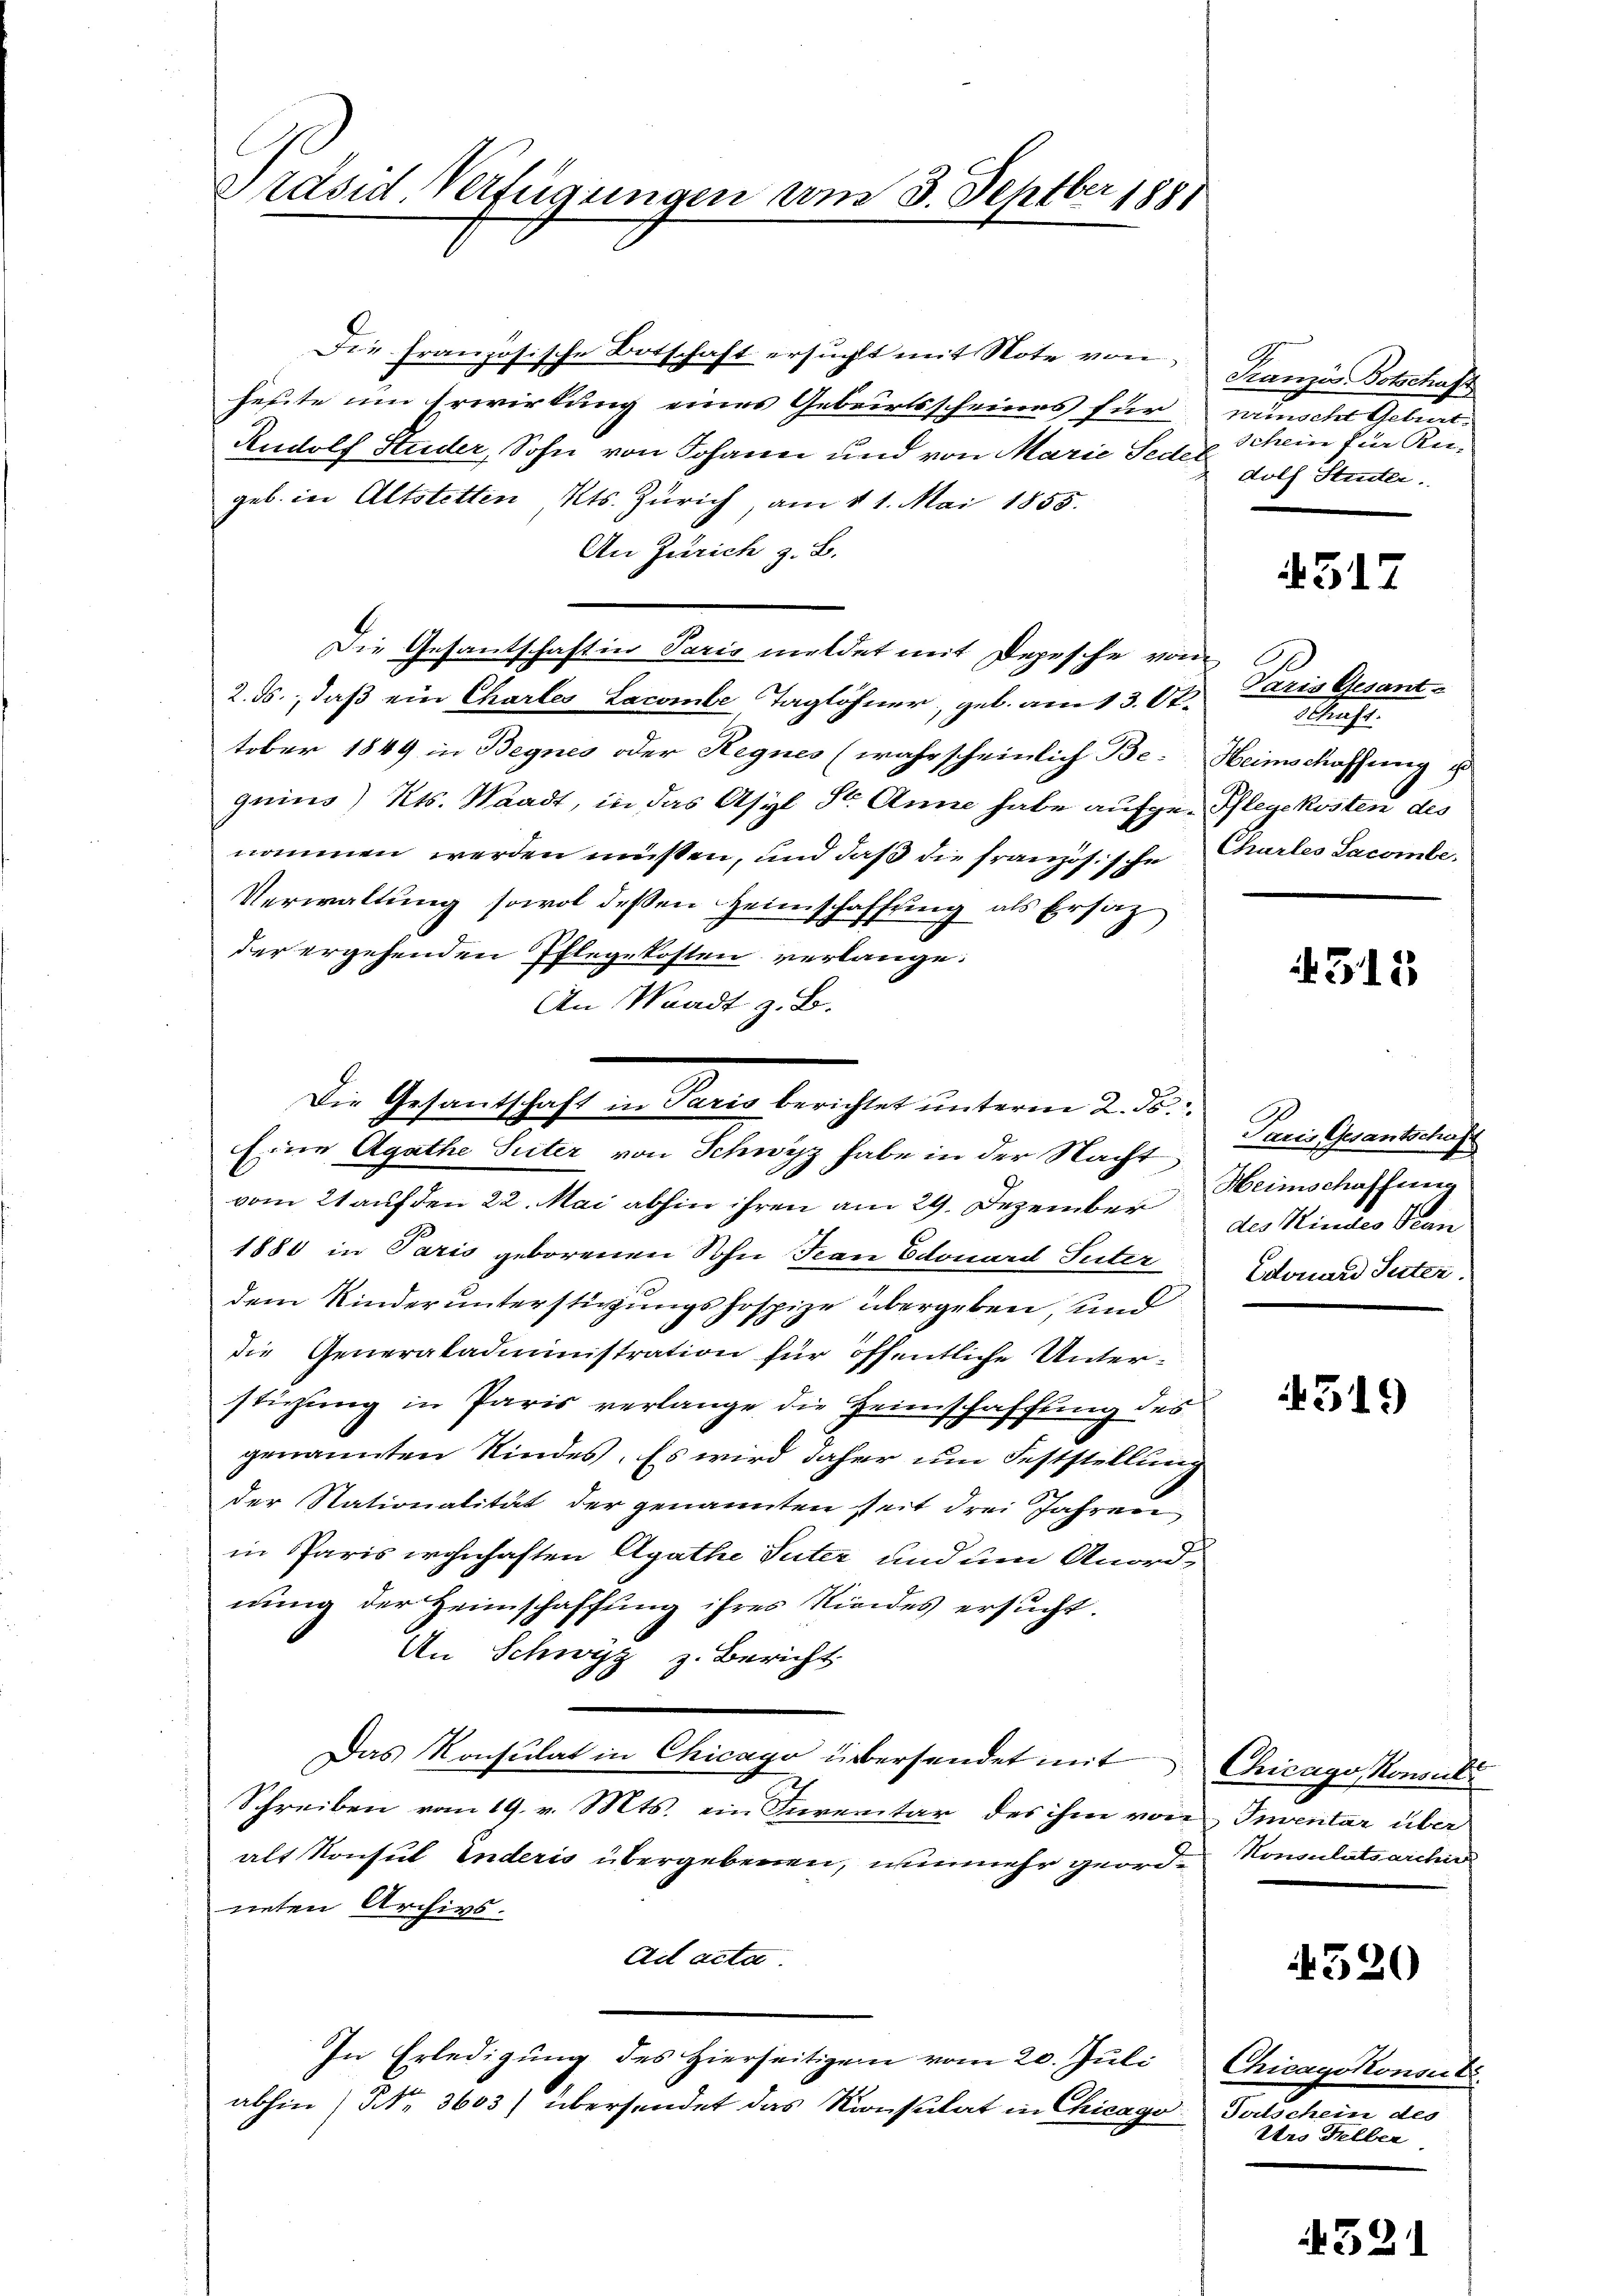
Präsid-Verfügungen am 3. Septber 1881

Die französische Botschaft ersucht mit Note von Franzis Botschaft
heute um Erwirkung eines Gebeirtsscheines für wünscher Geburt
Rudolf Studer, Sohn von Johann und von Marie Seder
geb. in Altstetten Kts. Zürich, am 11. Mai 1855.
An Zürich z. B.
Die Gesantschaft in Paris meldet mit Depesche von
2. ds., daß ein Chartes Lacombe Taglöhner, geb. am 13. Oktober 1849 in Begnes oder Hegnes (wahrscheinlich Be-Heimschaffung u
guins) Kts. Waadt, in das Asyl Str. Anna habe aufge-Pflegekosten des
nommen werden müßten, und daß die französische Chartes Lacombe
Verwaltung sowol dessen Heimschaffung als Ersatz
der ergehenden Pflegekosten verlange.
An Waadt z. B.
vom 21 auf den 22. Mai abhin ihren am 29. Dezember des Kindes Plan
1880 in Paris geborenen Sohn Frau Edouard Suter
dem Kinderunterstigungshospize übergeben, und
die Generakademistration für öffentliche Unterstigung in Paris verlange die Heimschaffung des
genannten Kindes. Es wird daher um Feststellung
der Stationalität der genannten seit drei Jahren
in Paris wohnhaften Agathe Suter und um Anordnung der Heimschaffung ihres Niedes ersucht.
An Schwyz z. Bericht
Das Konsulat in Chicago übersendet mit Chicago Konsul
Schreiben vom 19. v. Mts. ein Inventar des ihm von Inventar über
alt Konsul inderis übergebenen, nunmehr georden Konsulatsarchiv
neten Archivs.
Ad acta.
In Erledigung des Hierseitigen vom 20. Juli Chicagskonsert
abhin (NNo. 3603) übersendet das Konsulat in Chicago

Die Gesandtschaft in Pario berichtet unterm 2. ds.
Eine Agathe Seiter von Schwyz habe in der Nacht

Schein für An-
dolf Steiter.

317

Paris Gesant.
Mas

315

Paris Gesantschäft
Heimschaffung
Edouard Seiter.

4519)

520

Fortschein des
Uro Selber

521